Annual administration report of the Civil Veterinary Department of India - 1894-1895
Year: 1894
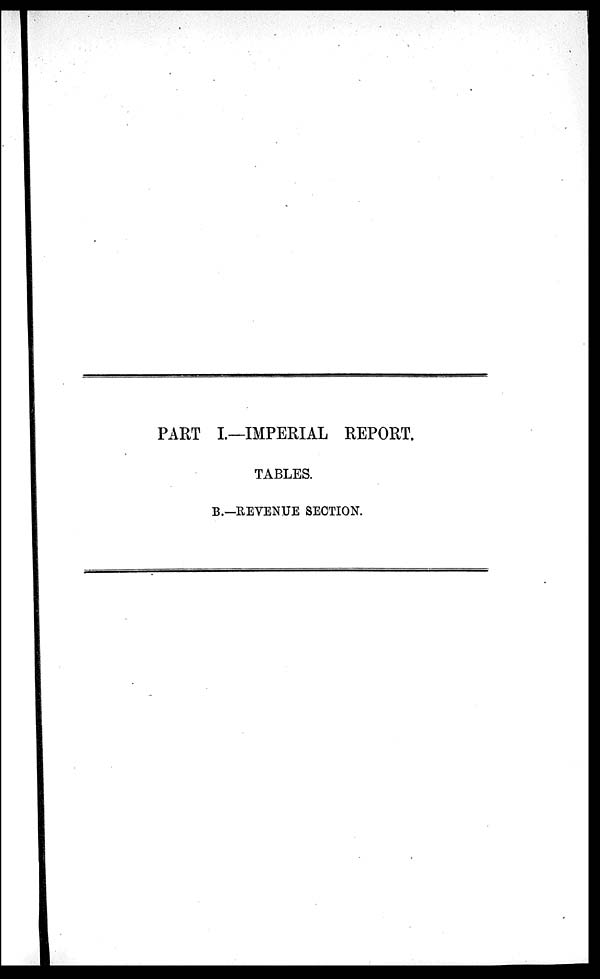
PART I.—IMPERIAL REPORT.
TABLES.
B.—REVENUE SECTION.